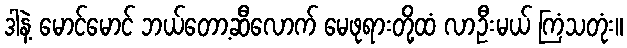
ဒါနဲ့ မောင်မောင် ဘယ်တော့ဆီလောက် မေဖုရားတို့ထံ လာဦးမယ် ကြံသတုံး။